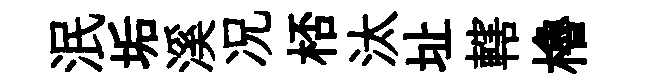
泯垢溪况桮汰址轄櫓